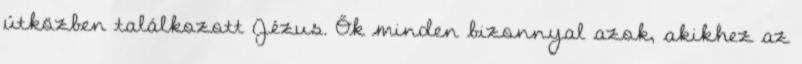
útközben találkozott Jézus. Ők minden bizonnyal azok, akikhez az